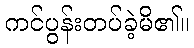
ကင်ပွန်းတပ်ခဲ့မိ၏။